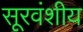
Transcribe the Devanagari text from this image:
सूरवंशीय